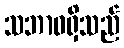
သဘာဝရှိသည်